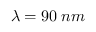
\lambda = 9 0 \: n m